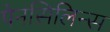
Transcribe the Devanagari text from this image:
पेनसिलिन्स